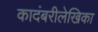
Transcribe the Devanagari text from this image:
कादंबरीलेखिका